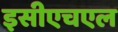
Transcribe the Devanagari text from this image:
इसीएचएल